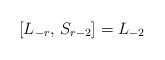
LaTeX: \begin{align*} [L_{-r}, \, S_{r-2}] = L_{-2}\end{align*}